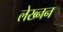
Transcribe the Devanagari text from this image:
लेख्नन